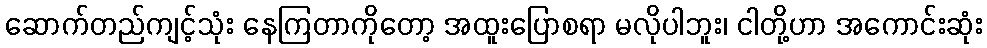
ဆောက်တည်ကျင့်သုံး နေကြတာကိုတော့ အထူးပြောစရာ မလိုပါဘူး၊ ငါတို့ဟာ အကောင်းဆုံး